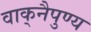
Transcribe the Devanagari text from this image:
वाक्‌नैपुण्य